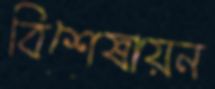
বিশেষায়ন